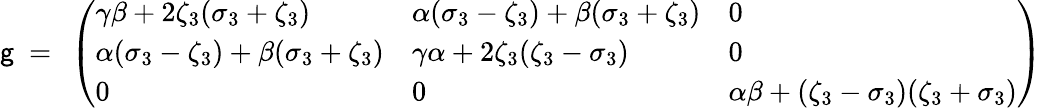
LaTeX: \mathsf{g}\ =\ \left(\begin{array}{lll}{\gamma\beta+2\zeta_{3}(\sigma_{3}+\zeta_{3})}&{\alpha(\sigma_{3}-\zeta_{3})+\beta(\sigma_{3}+\zeta_{3})}&{0}\\ {\alpha(\sigma_{3}-\zeta_{3})+\beta(\sigma_{3}+\zeta_{3})}&{\gamma\alpha+2\zeta_{3}(\zeta_{3}-\sigma_{3})}&{0}\\ {0}&{0}&{\alpha\beta+(\zeta_{3}-\sigma_{3})(\zeta_{3}+\sigma_{3})}\end{array}\right)